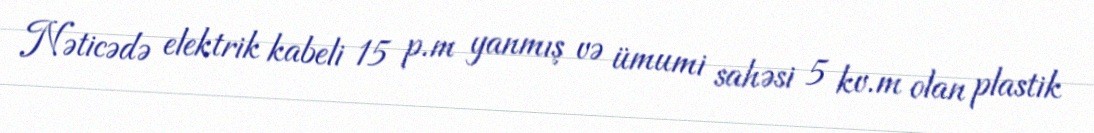
Nəticədə elektrik kabeli 15 p.m yanmış və ümumi sahəsi 5 kv.m olan plastik